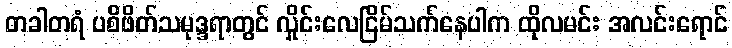
တခါတရံ ပစိဖိတ်သမုဒ္ဒရာတွင် လှိုင်းလေငြိမ်သက်နေပါက ထိုလမင်း အလင်းရောင်